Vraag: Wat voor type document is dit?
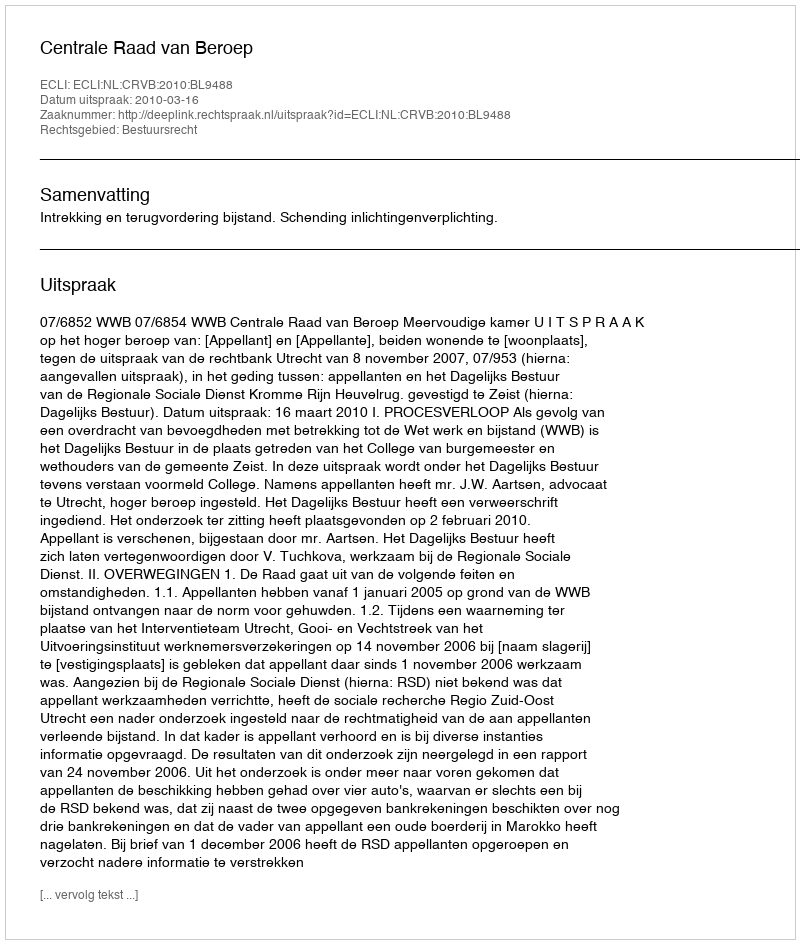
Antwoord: Uitspraak